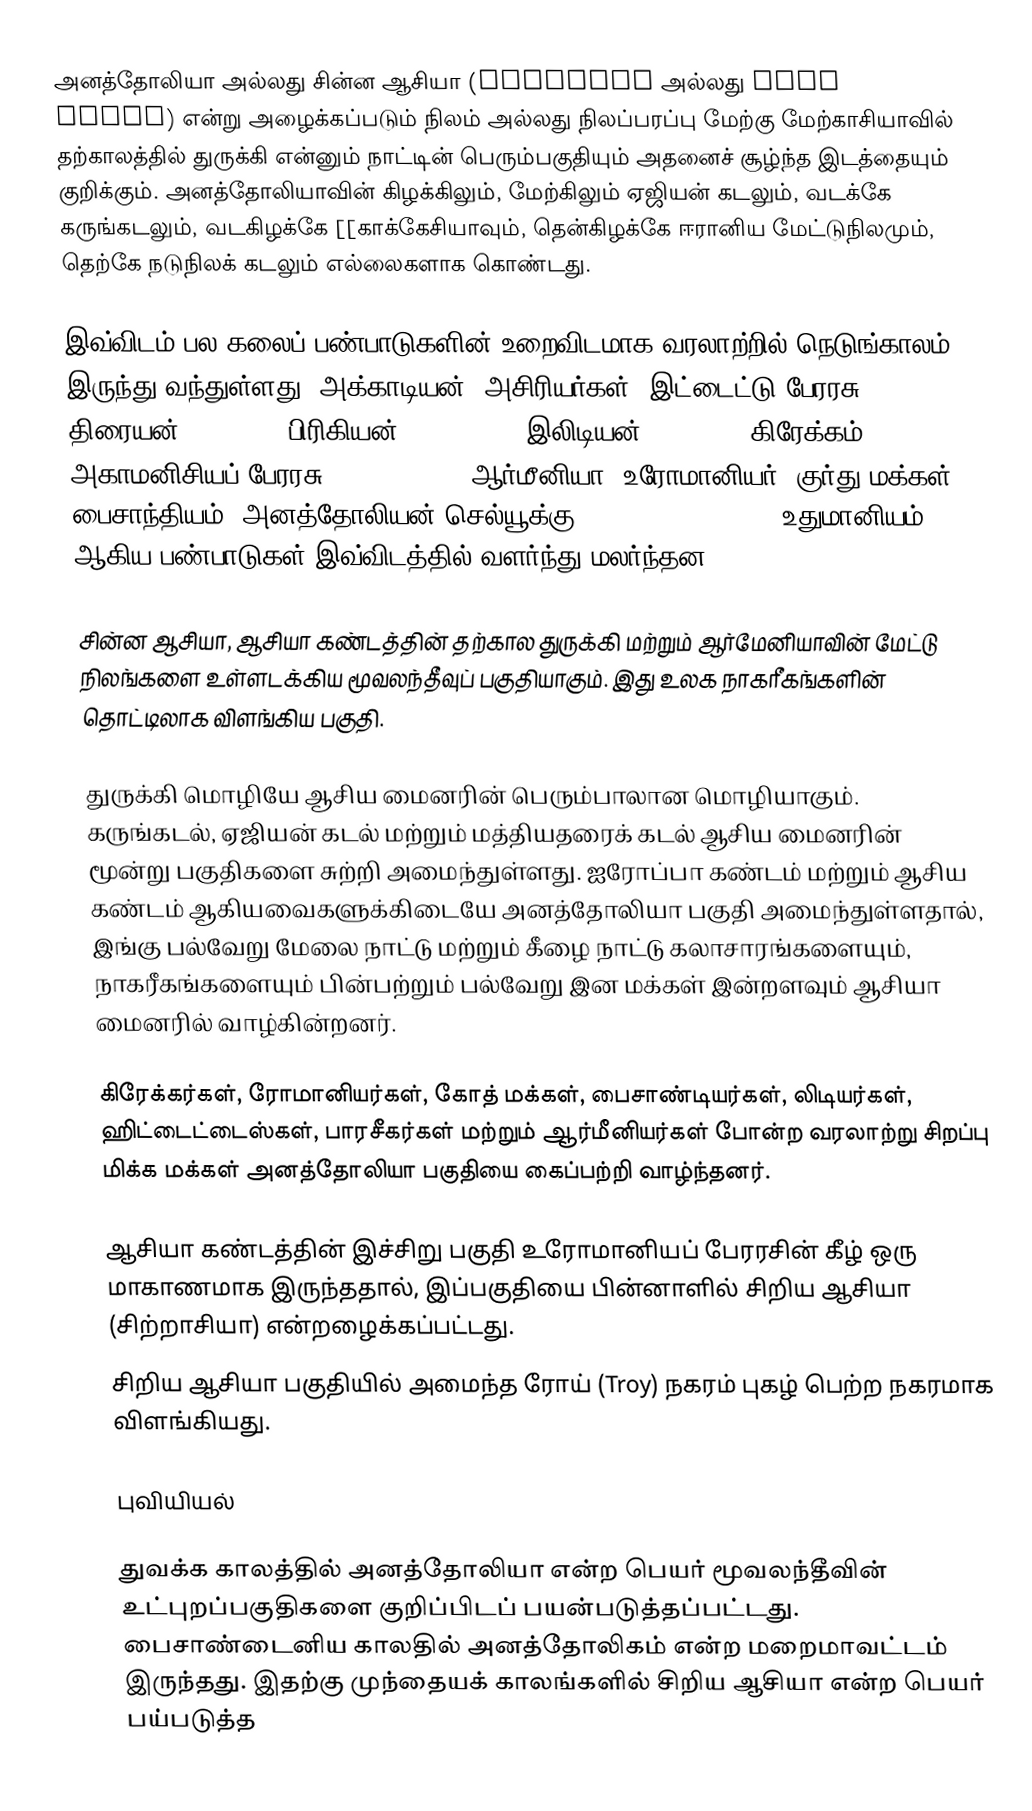
அனத்தோலியா  அல்லது சின்ன ஆசியா (Anatolia அல்லது Asia Minor) என்று அழைக்கப்படும் நிலம் அல்லது நிலப்பரப்பு மேற்கு மேற்காசியாவில் தற்காலத்தில் துருக்கி என்னும் நாட்டின் பெரும்பகுதியும் அதனைச் சூழ்ந்த இடத்தையும் குறிக்கும். அனத்தோலியாவின் கிழக்கிலும், மேற்கிலும் ஏஜியன் கடலும், வடக்கே கருங்கடலும், வடகிழக்கே [[காக்கேசியாவும், தென்கிழக்கே ஈரானிய மேட்டுநிலமும், தெற்கே நடுநிலக் கடலும் எல்லைகளாக கொண்டது.

இவ்விடம் பல கலைப் பண்பாடுகளின் உறைவிடமாக வரலாற்றில் நெடுங்காலம் இருந்து வந்துள்ளது. அக்காடியன், அசிரியர்கள், இட்டைட்டு பேரரசு, திரையன் (Trojan), பிரிகியன் (Phrygian), இலிடியன் (Lydian), கிரேக்கம், அகாமனிசியப் பேரரசு (Achaemenid), ஆர்மீனியா, உரோமானியர், குர்து மக்கள், பைசாந்தியம், அனத்தோலியன் செல்யூக்கு (Anatolian Seljuk), உதுமானியம் ஆகிய பண்பாடுகள் இவ்விடத்தில் வளர்ந்து மலர்ந்தன.

சின்ன ஆசியா, ஆசியா கண்டத்தின் தற்கால துருக்கி மற்றும் ஆர்மேனியாவின் மேட்டு நிலங்களை உள்ளடக்கிய மூவலந்தீவுப் பகுதியாகும். இது உலக நாகரீகங்களின் தொட்டிலாக விளங்கிய பகுதி.

துருக்கி மொழியே ஆசிய மைனரின் பெரும்பாலான மொழியாகும். கருங்கடல், ஏஜியன் கடல் மற்றும் மத்தியதரைக் கடல் ஆசிய மைனரின் மூன்று பகுதிகளை சுற்றி அமைந்துள்ளது. ஐரோப்பா கண்டம் மற்றும் ஆசிய கண்டம் ஆகியவைகளுக்கிடையே அனத்தோலியா பகுதி அமைந்துள்ளதால், இங்கு பல்வேறு மேலை நாட்டு மற்றும் கீழை நாட்டு கலாசாரங்களையும், நாகரீகங்களையும் பின்பற்றும் பல்வேறு இன மக்கள் இன்றளவும் ஆசியா மைனரில் வாழ்கின்றனர்.

கிரேக்கர்கள், ரோமானியர்கள், கோத் மக்கள், பைசாண்டியர்கள், லிடியர்கள், ஹிட்டைட்டைஸ்கள், பாரசீகர்கள் மற்றும் ஆர்மீனியர்கள்  போன்ற வரலாற்று சிறப்பு மிக்க மக்கள் அனத்தோலியா பகுதியை கைப்பற்றி வாழ்ந்தனர்.

ஆசியா கண்டத்தின் இச்சிறு பகுதி  உரோமானியப் பேரரசின் கீழ்  ஒரு மாகாணமாக இருந்ததால், இப்பகுதியை பின்னாளில் சிறிய ஆசியா (சிற்றாசியா) என்றழைக்கப்பட்டது.
சிறிய ஆசியா பகுதியில் அமைந்த ரோய் (Troy)  நகரம் புகழ் பெற்ற நகரமாக விளங்கியது.

புவியியல்

துவக்க காலத்தில் அனத்தோலியா என்ற பெயர் மூவலந்தீவின் உட்புறப்பகுதிகளை குறிப்பிடப் பயன்படுத்தப்பட்டது. பைசாண்டைனிய காலதில் அனத்தோலிகம் என்ற மறைமாவட்டம்  இருந்தது.  இதற்கு முந்தையக் காலங்களில் சிறிய ஆசியா என்ற பெயர் பய்படுத்த